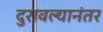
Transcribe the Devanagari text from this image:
दुरावल्यानंतर